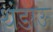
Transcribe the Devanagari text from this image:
थंडाऊ